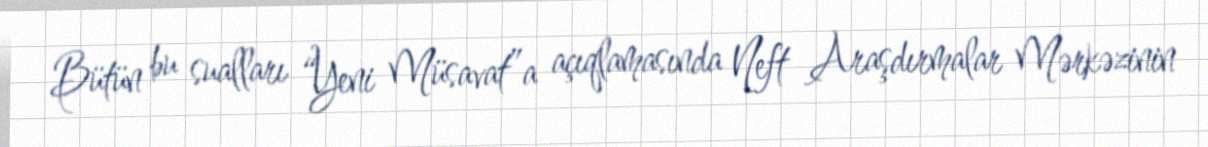
Bütün bu sualları “Yeni Müsavat”a açıqlamasında Neft Araşdırmalar Mərkəzinin